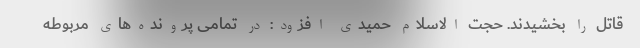
قاتل را بخشیدند. حجت الاسلام حمیدی افزود: در تمامی پرونده‌های مربوطه